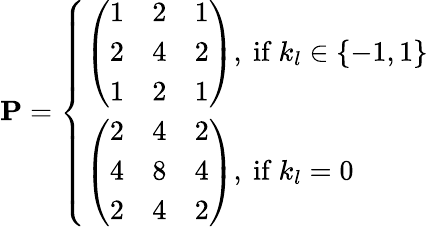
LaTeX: \mathbf{P}=\left\{ \begin{array}{ll}{\left(\begin{array}{rrr}{1}&{2}&{1}\\ {2}&{4}&{2}\\ {1}&{2}&{1}\end{array}\right)\mathrm{,~if~}k_{l}\in\{ -1,1\} }\\ {\left(\begin{array}{rrr}{2}&{4}&{2}\\ {4}&{8}&{4}\\ {2}&{4}&{2}\end{array}\right)\mathrm{,~if~}k_{l}=0}\end{array}\right.